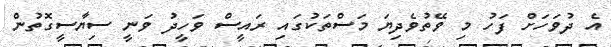
އެ ދުވަހަށް ފަހު މި ވޭތުވެދިޔަ މަސްތަކުގައި ރައީސް ވަހީދު ވަނީ ސިޔާސީގޮތުން